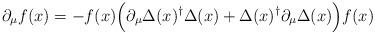
LaTeX: \begin{align*}\partial_\mu f(x) =-f(x) \Bigl( \partial_\mu \Delta(x)^\dagger \Delta(x) + \Delta(x)^\dagger \partial_\mu \Delta(x) \Bigr) f(x)\end{align*}